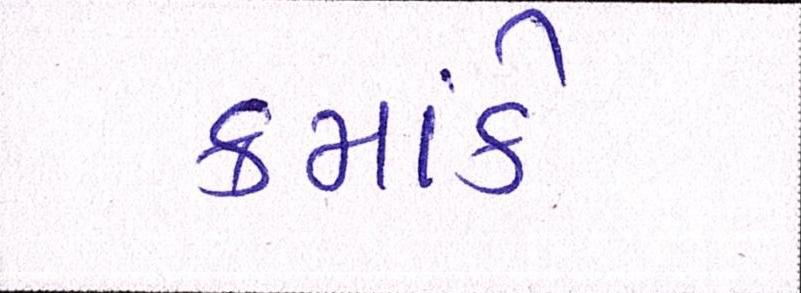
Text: ક્રમાંકે